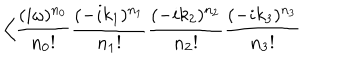
\Big < \frac { ( i \omega ) ^ { n _ { 0 } } } { n _ { 0 } ! } \frac { ( - i k _ { 1 } ) ^ { n _ { 1 } } } { n _ { 1 } ! } \frac { ( - i k _ { 2 } ) ^ { n _ { 2 } } } { n _ { 2 } ! } \frac { ( - i k _ { 3 } ) ^ { n _ { 3 } } } { n _ { 3 } ! }